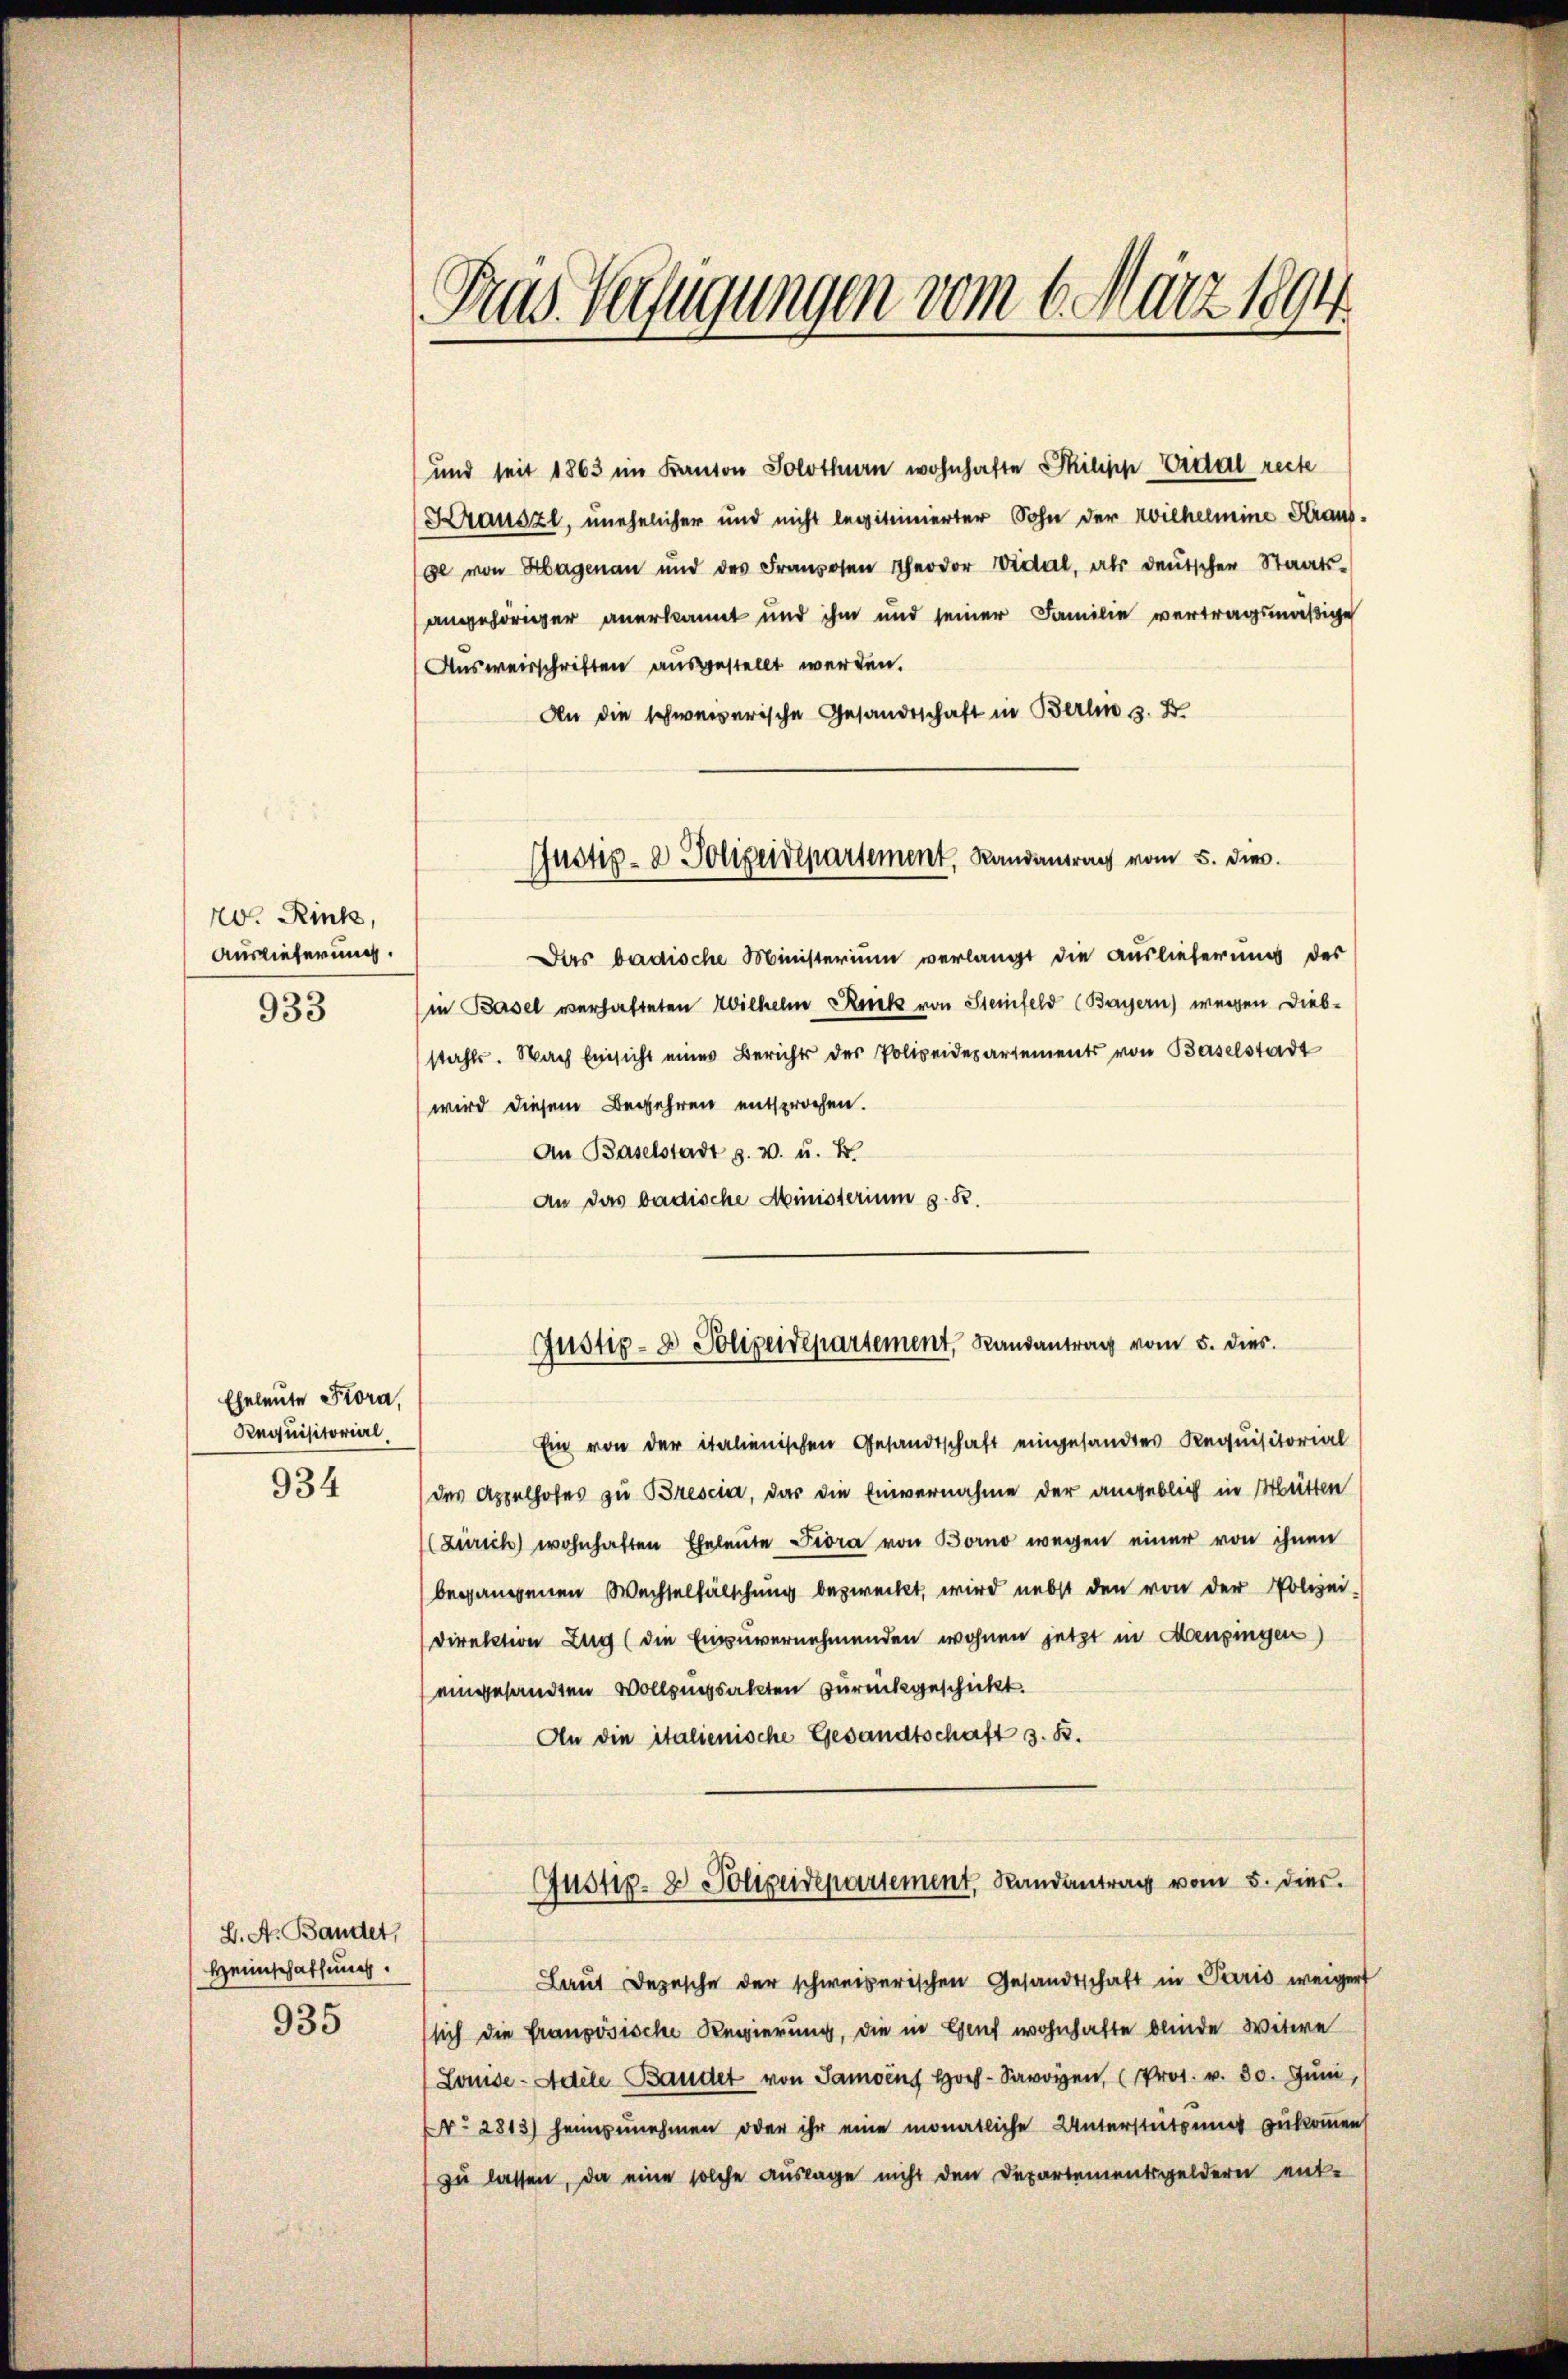
20. Rink,
Auslieferung.
933

L. A. Bandet,
Heimschaffung.
935

Eheleute Prora,
Requisitorial
934

Tras Verfügungen vom 6. März 1894

und seit 1863 im Kanton Solothurn wohnhafte Skilipp Eidal recte
Krauszt, unehelicher und nicht legitimierter Sohn der Wilhelmine Krausge von Horgenau und des Franzosen Theodor Vidal, als deŭtscher Staats-
angehöriger anerkannt und ihm und seiner Familie vertragsmäßige
Ausweisschriften ausgestellt werden.
An die schweizerische Gesandtschaft in Berlin 3. B
Justiz- & Polizeidepartement, Landantrag vom 5. dies
Das badische Ministerium verlangt die Auslieferung des
in Basel verhafteten Wilhelm Ruck von Steinfeld (Bayern) wegen Diebstahls. Nach Einsicht eines Berichts der Polizeidepartements von Baselstadt
wird diesem Begehren entsprochen.
An Baselstadt z. v. u. k.
An das badische Ministerium s. R.

Justiz- & Polizeidepartement, Landantrag vom 5. dies.

Ein von der italienischen Gesandtschaft eingesandtes Requisitorial
des Appelhofes zu Brescia, das die Einvernahme der angeblich in Mütten
(Zürich wohnhaften Eheleute Fiora von Borno wegen einer von ihnen
begangenen Wechselfälschung bezweckt, wird nebst den von der Polizei-
Direktion Zug (die Einzuvernehmenden wohnen jetzt in Menzingen)
eingesandten Vollzugsakten zurückgeschickt.
An die italienische Gesandtschaft z. B.
Justiz- & Polizeidepartement, Randantrag vom 5. dies
Laut Depesche der schweizerischen Gesandtschaft in Paris weigert
sich die Französische Regierung, die in Genf wohnhafte blinde Witwe
(Louise - Adele Bauder von Samoins Hoch Savoyen, (Prot. v. 30. Juni,
No 2813) heimzunehmen oder ihr eine monatliche Unterstützung zukommen
zu lassen, da eine solche Auslage nicht den Departementsgeldern ent-